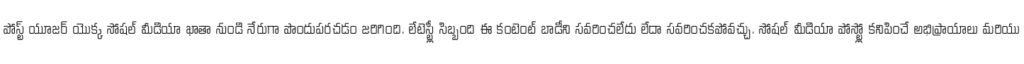
పోస్ట్ యూజర్ యొక్క సోషల్ మీడియా ఖాతా నుండి నేరుగా పొందుపరచడం జరిగింది. లేటెస్ట్లీ సిబ్బంది ఈ కంటెంట్ బాడీని సవరించలేదు లేదా సవరించకపోవచ్చు. సోషల్ మీడియా పోస్ట్లో కనిపించే అభిప్రాయాలు మరియు